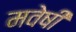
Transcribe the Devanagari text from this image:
मवेषी